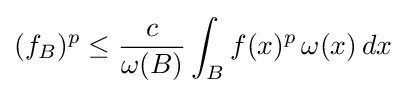
(f_{B})^{p}\leq {\frac {c}{\omega (B)}}\int _{B}f(x)^{p}\,\omega (x)\,dx